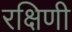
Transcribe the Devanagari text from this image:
रक्षिणी